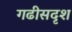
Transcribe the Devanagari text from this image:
गढीसदृश